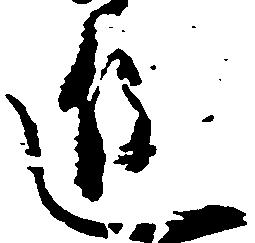
進